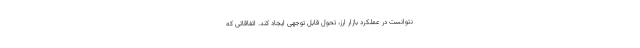
نتوانست در عملکرد بازار ارز، تحول قابل توجهی ایجاد کند. اتفاقاتی که